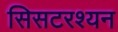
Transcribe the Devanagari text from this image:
सिसटरश्यन